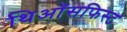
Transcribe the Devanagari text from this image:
थिऑसफिस्ट